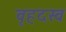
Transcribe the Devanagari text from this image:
वृहदस्व